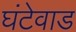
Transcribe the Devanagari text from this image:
घंटेवाड